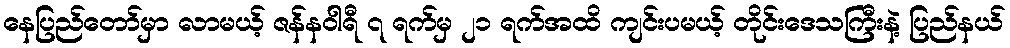
နေပြည်တော်မှာ လာမယ့် ဇန်နဝါရီ ၇ ရက်မှ ၂၁ ရက်အထိ ကျင်းပမယ့် တိုင်းဒေသကြီးနဲ့ ပြည်နယ်